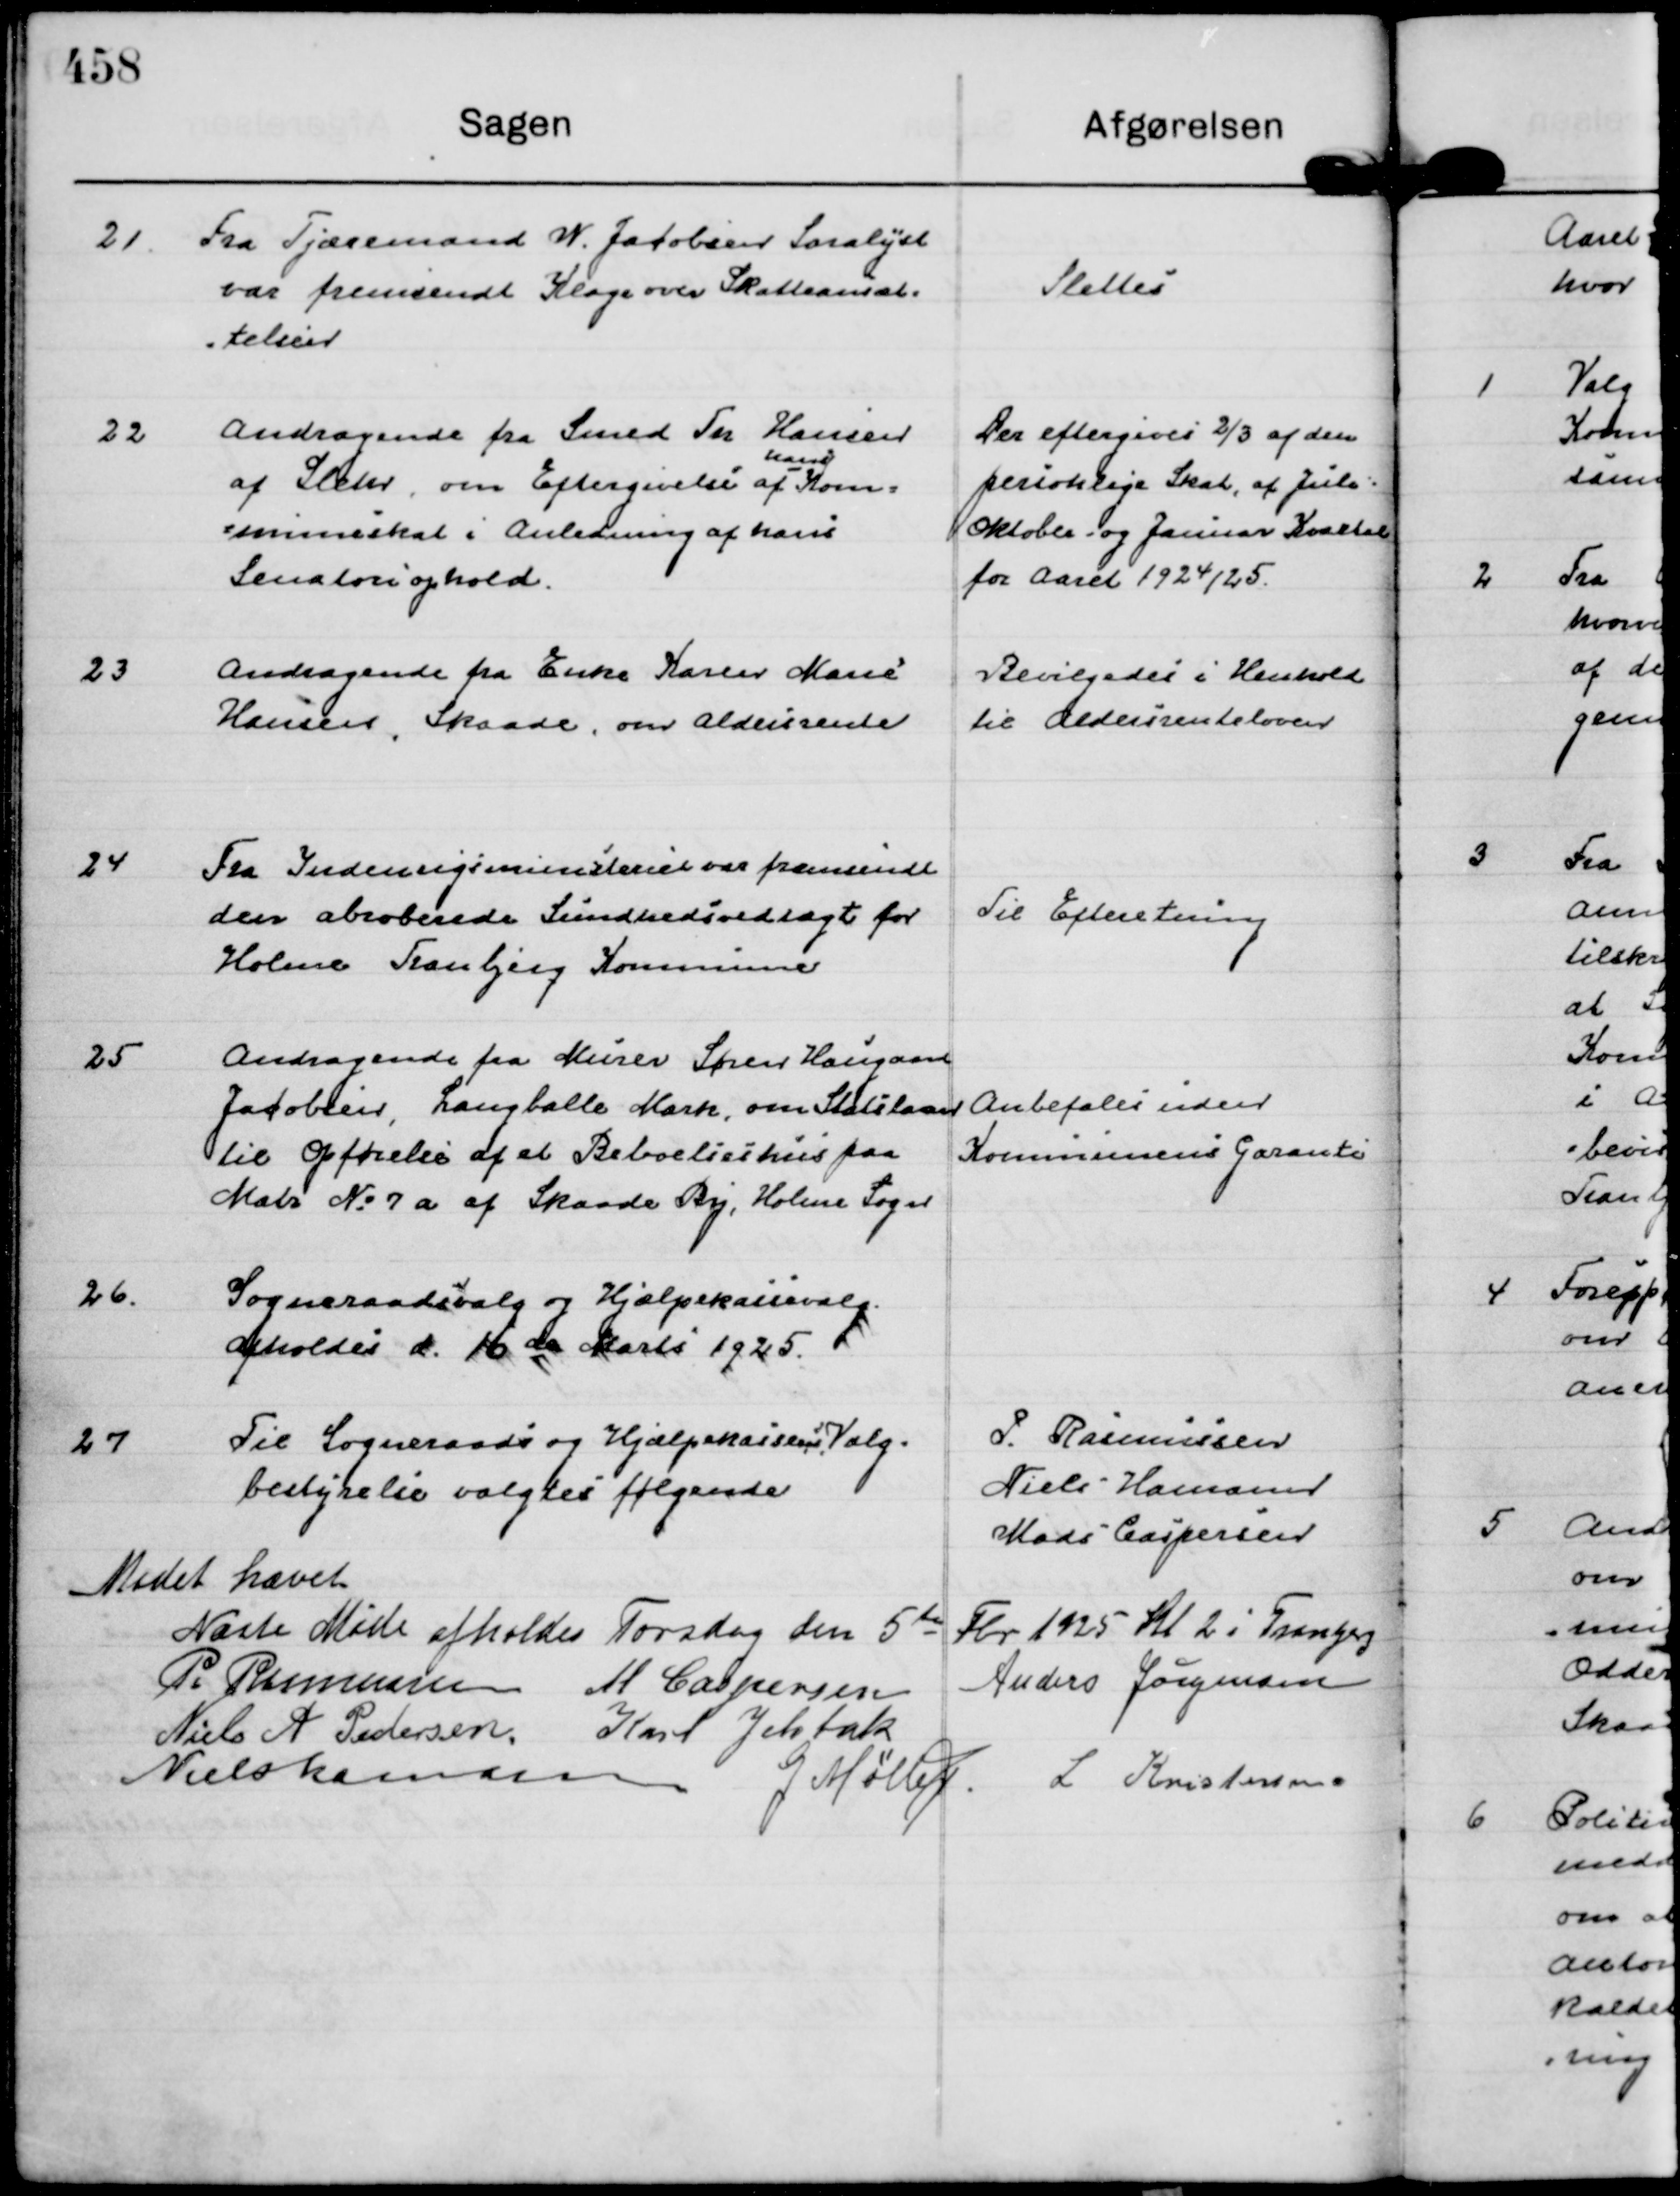
Transskription:
21.
Fra Tjæremand W. Jacobsen Saralyst
var fremsendt Klage over Skatteansæt=
=telsen

Slettes

22
Andragende fra Smed Th Hansen
af Sleth, om Eftergivelse af
hans
Kom=
=muneskat i Anledning af hans
Senatoriophold.

Der eftergives ⅔ af den
personlige Skat, af Juli:
Oktober - og Januar Kvartal
for Aaret 1924/25.

23
Andragende fra Enke Karen Marie 
Hansen, Skaade, om Aldersrente

Bevilgedes i Henhold
til Aldersrenteloven

24
Fra Indenrigsministeriet var fremsendt
den abroberede Sundhedsvedtægt for
Holme Tranbjerg Kommune

Til Efteretning

25
Andragende fra Murer Søren Haugaard
Jacobsen, Langballe Mark, om Statslaan
til Opførelse af et Beboelseshus paa
Matr No 7 a af Skaade By, Holme Sogn

Anbefales uden
Kommunens Garanti

26.
Sogneraadsvalg og Hjælpekassevalg
afholdes d. 16 de Marts 1925.

27
Til Sogneraads og Hjælpekassens Valg=
bestyrelse valgtes følgende

P. Rasmussen
Niels Hamann
Mads Caspersen

Mødet hævet
Næste Møde afholdes Torsdag den 5 te Fbr 1925 Kl 2 i Tranbjerg
P. Rasmussen
M Caspersen
Anders Jørgensen
Niels A Pedersen.
Karl Jelsbak
Niels Hamann
G Møller.
L Kristensen.